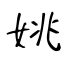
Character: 姚